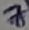
Text: 7